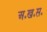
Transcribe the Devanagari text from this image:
अ॰ख॰स॰